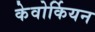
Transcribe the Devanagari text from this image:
केवोर्कियन